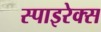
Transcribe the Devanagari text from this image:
स्पाइरेक्स